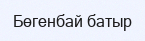
Бөгенбай батыр